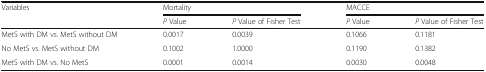
| <ROWSPAN=2> Variables | <COLSPAN=2> Mortality | <COLSPAN=2> MACCE |
 | P Value | P Value of Fisher Test | P Value | P Value of Fisher Test |
 | --- | --- | --- | --- | --- |
 | MetS with DM vs. MetS without DM | 0.0017 | 0.0039 | 0.1066 | 0.1181 |
 | No MetS vs. MetS without DM | 0.1002 | 1.0000 | 0.1190 | 0.1382 |
 | MetS with DM vs. No MetS | 0.0001 | 0.0014 | 0.0030 | 0.0048 |